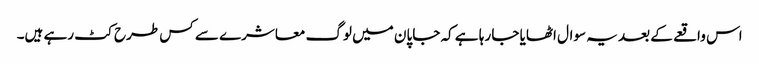
اس واقعے کے بعد یہ سوال اٹھایا جا رہا ہے کہ جاپان میں لوگ معاشرے سے کس طرح کٹ رہے ہیں۔